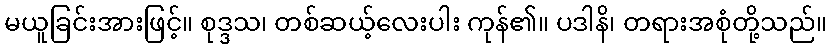
မယူခြင်းအားဖြင့်။ စုဒ္ဒသ၊ တစ်ဆယ့်လေးပါး ကုန်၏။ ပဒါနိ၊ တရားအစုံတို့သည်။